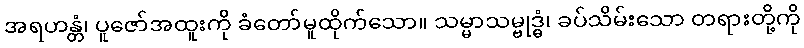
အရဟန္တံ၊ ပူဇော်အထူးကို ခံတော်မူထိုက်သော။ သမ္မာသမ္ဗုဒ္ဓံ၊ ခပ်သိမ်းသော တရားတို့ကို